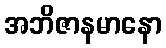
အဘိဇာနမာနော